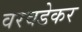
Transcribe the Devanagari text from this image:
वरवडेकर